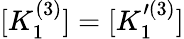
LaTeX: [K_{1}^{(3)}]=[K_{1}^{\prime(3)}]